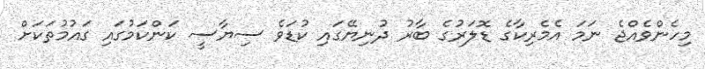
މިހެންވެއްޖެ ނަމަ އެމެރިކާގެ ޑޮލަރުގެ ބާރު ދުނިޔޭގައި ކުޑަވެ ސިޔާސީ ކަންކަމުގައި ގައުމުތަކަށް